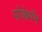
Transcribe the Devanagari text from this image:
पोकेमॅन